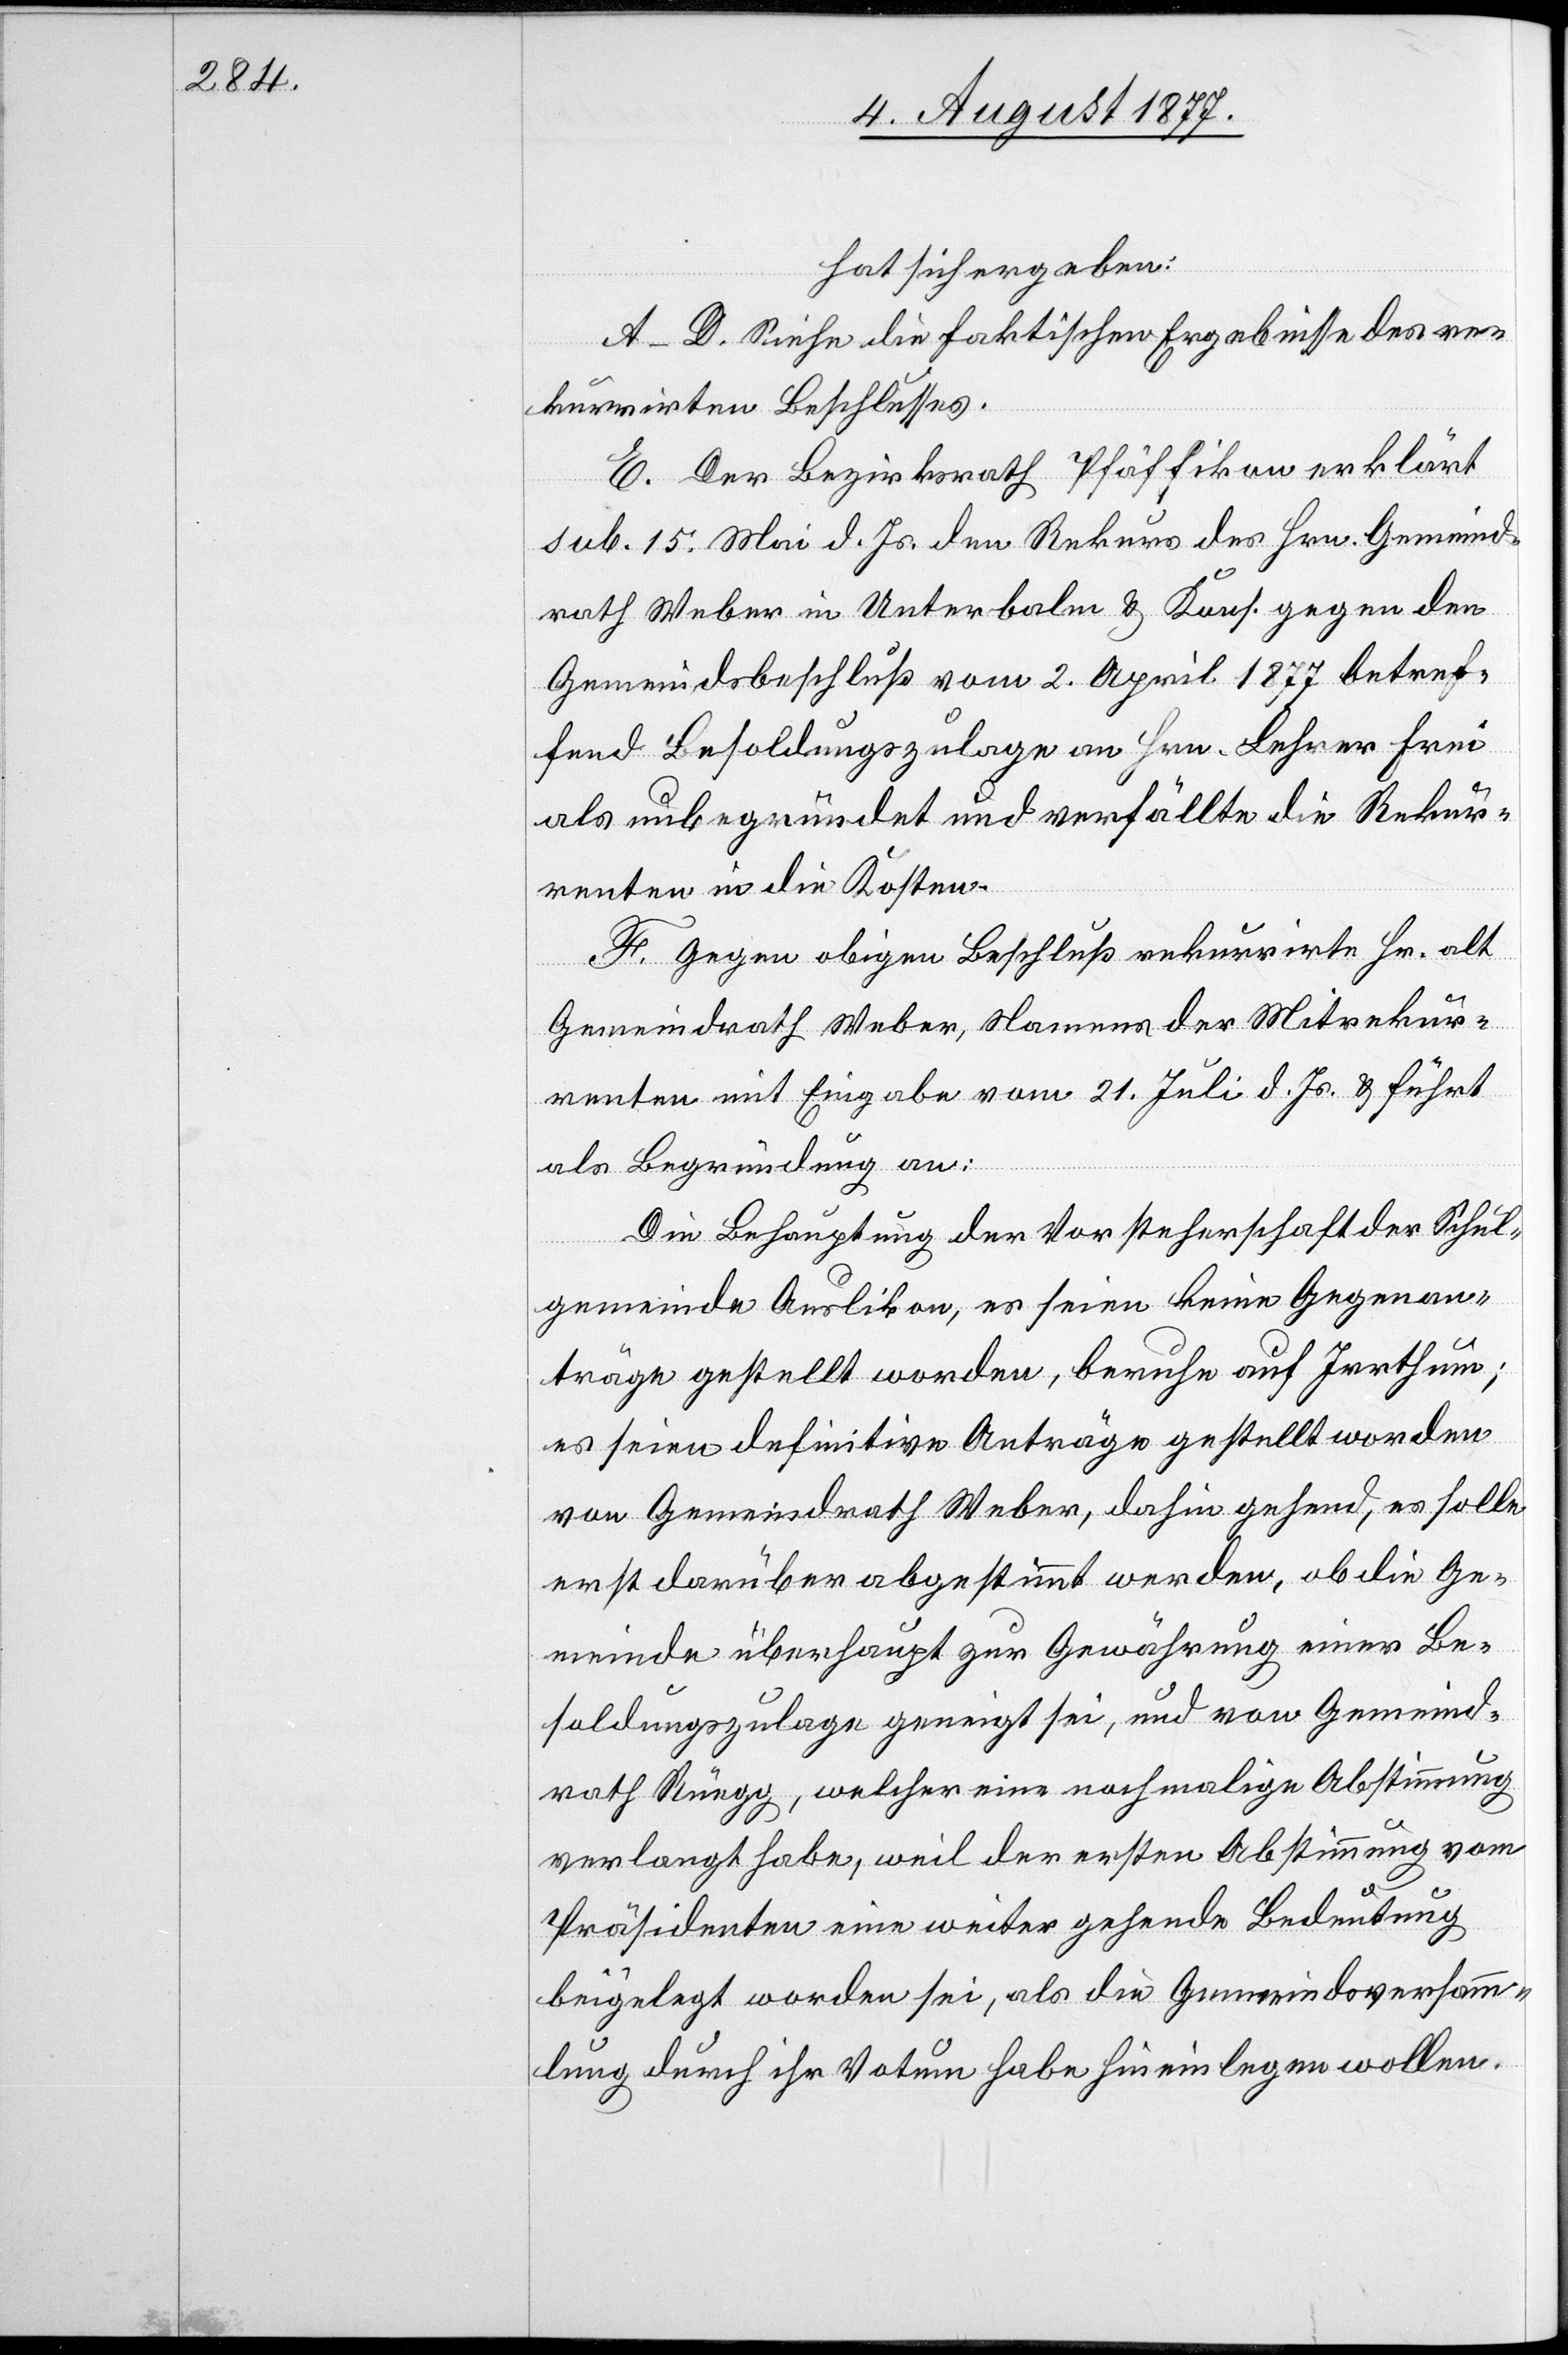
hat sich ergeben:
A–D. Siehe die faktischen Ergebnisse des re¬
kurrirten Beschlusses.
E. Der Bezirksrath Pfäffikon erklärt
sub. 15. Mai d. Js. den Rekurs des Hrn. Gemeind¬
rath Weber in Unterbalm & Kons. gegen den
Gemeindsbeschluß vom 2. April 1877 betref¬
fend Besoldungszulage an Hrn. Lehrer Frei
als unbegründet und verfällte die Rekur¬
renten in die Kosten.
F. Gegen obigen Beschluß rekurrirte Hr. alt
Gemeindrath Weber, Namens der Mitrekur¬
renten mit Eingabe vom 21. Juli d. Js. & führt
als Begründung an:
Die Behauptung der Vorsteherschaft der Schul¬
gemeinde Auslikon, es seien keine Gegenan¬
träge gestellt worden, beruhe auf Irrthum;
es seien definitive Anträge gestellt worden
von Gemeindrath Weber, dahin gehend, es solle
erst darüber abgestimmt werden, ob die Ge¬
meinde überhaupt zur Gewährung einer Be¬
soldungszulage geneigt sei, und von Gemeind¬
rath Rüegg, welcher eine nochmalige Abstimmung
verlangt habe, weil der ersten Abstimmung vom
Präsidenten eine weiter gehende Bedeutung
beigelegt worden sei, als die Gemeindsversamm¬
lung durch ihr Votum habe hineinlegen wollen.